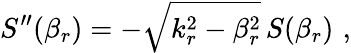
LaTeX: S^{\prime\prime}(\beta_{r})=-\sqrt{k_{r}^{2}-\beta_{r}^{2}}\, S(\beta_{r})\, \, ,